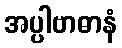
အပ္ပါဗာဓာနံ